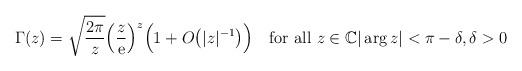
LaTeX: \begin{align*} \Gamma(z) =\sqrt{\frac{2\pi}z}\Big(\frac z{\mathrm e}\Big)^z\Big(1+ O\big(|z|^{-1}\big)\Big) \quad\textrm {for all }z\in\mathbb C|\arg z|<\pi -\delta,\delta >0\end{align*}